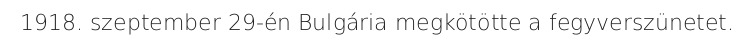
1918. szeptember 29-én Bulgária megkötötte a fegyverszünetet.